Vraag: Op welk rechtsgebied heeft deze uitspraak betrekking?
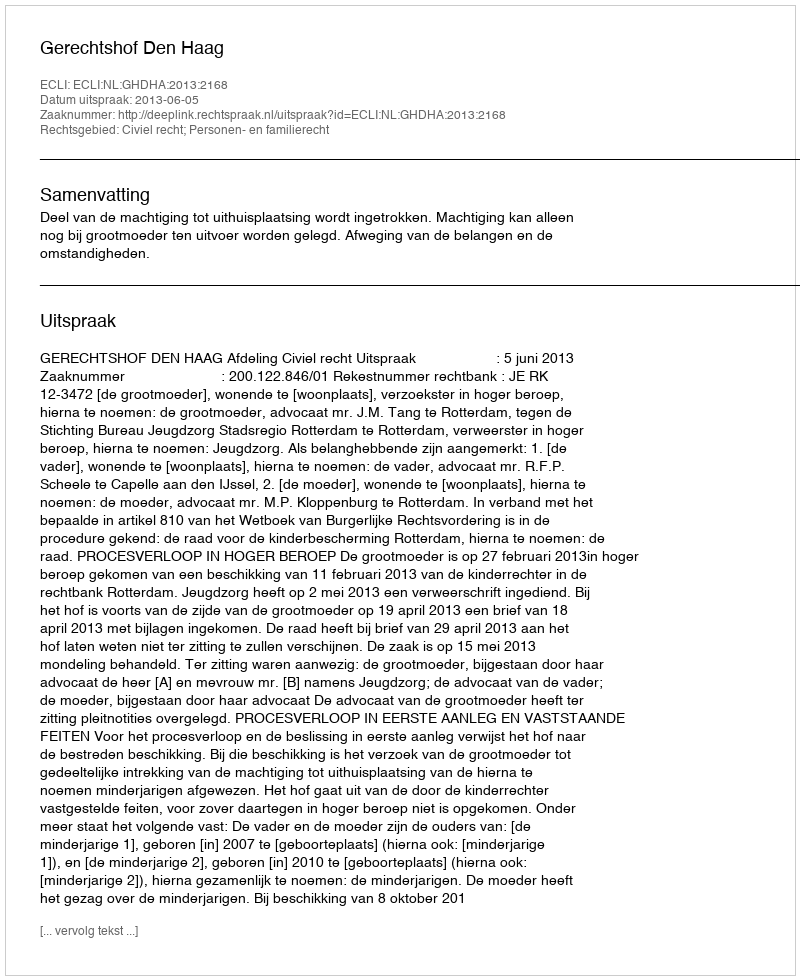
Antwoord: Civiel recht; Personen- en familierecht